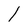
Character: l